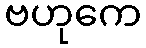
ဗဟုကေ